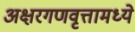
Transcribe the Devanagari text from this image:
अक्षरगणवृत्तामध्ये